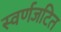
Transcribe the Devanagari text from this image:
स्वर्णजटित